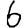
Digit: 6